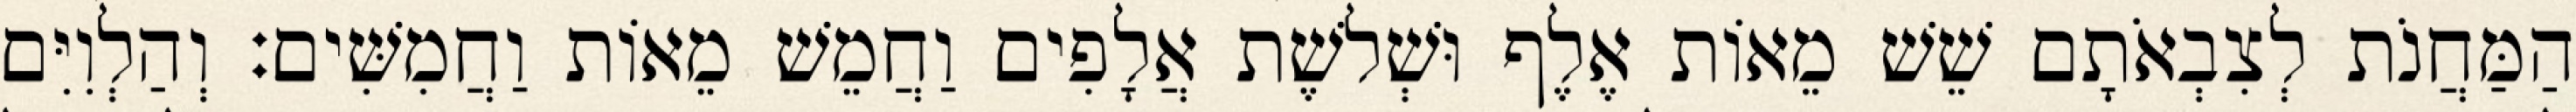
הַמַּחֲנֹת לְצִבְאֹתָם שֵׁשׁ מֵאוֹת אֶלֶף וּשְׁלשֶׁת אֲלָפִים וַחֲמֵשׁ מֵאוֹת וַחֲמִשִּׁים׃ וְהַלְוִיִּם